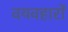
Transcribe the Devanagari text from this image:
वयवहारों